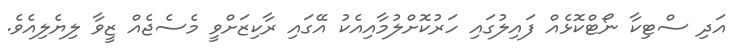
އަދި ސްޓިކާ ނޯޓްކޮޅެއް ފައިލުގައި ހަރުކޮށްލުމާއިއެކު އޭގައި ރާކިޒަށްވީ މެސެޖެއް ޒީވާ ލިޔެލިއެވެ.